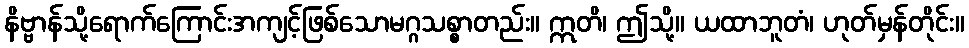
နိဗ္ဗာန်သို့ရောက်ကြောင်းအကျင့်ဖြစ်သောမဂ္ဂသစ္စာတည်း။ ဣတိ၊ ဤသို့။ ယထာဘူတံ၊ ဟုတ်မှန်တိုင်း။